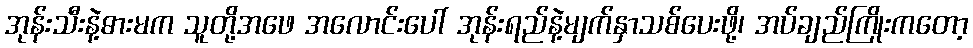
အုန်းသီးနဲ့ဓားမက သူတို့အဖေ အလောင်းပေါ် အုန်းရည်နဲ့မျက်နှာသစ်ပေးဖို့၊ အပ်ချည်ကြိုးကတော့